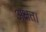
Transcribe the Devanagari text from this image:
अक्षत।